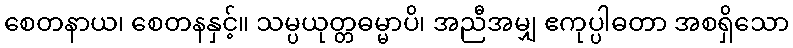
စေတနာယ၊ စေတနနှင့်။ သမ္ပယုတ္တဓမ္မာပိ၊ အညီအမျှ ဧကုပ္ပါဓတာ အစရှိသော